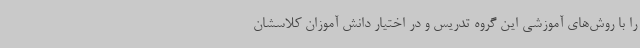
را با روش‌های آموزشی این گروه تدریس و در اختیار دانش آموزان کلاسشان